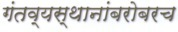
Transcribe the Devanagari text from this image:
गंतव्यस्थानांबरोबरच